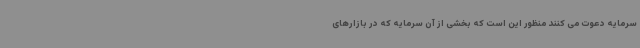
سرمایه دعوت می کنند منظور این است که بخشی از آن سرمایه که در بازارهای